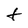
Character: t